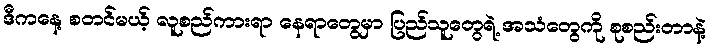
ဒီကနေ့ စတင်မယ့် လူစည်ကားရာ နေရာတွေမှာ ပြည်သူတွေရဲ့ အသံတွေကို စုစည်းတာနဲ့